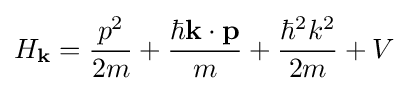
H_{\mathbf {k} }={\frac {p^{2}}{2m}}+{\frac {\hbar \mathbf {k} \cdot \mathbf {p} }{m}}+{\frac {\hbar ^{2}k^{2}}{2m}}+V